Suure-Kopu_vallavalitsus, lk 73
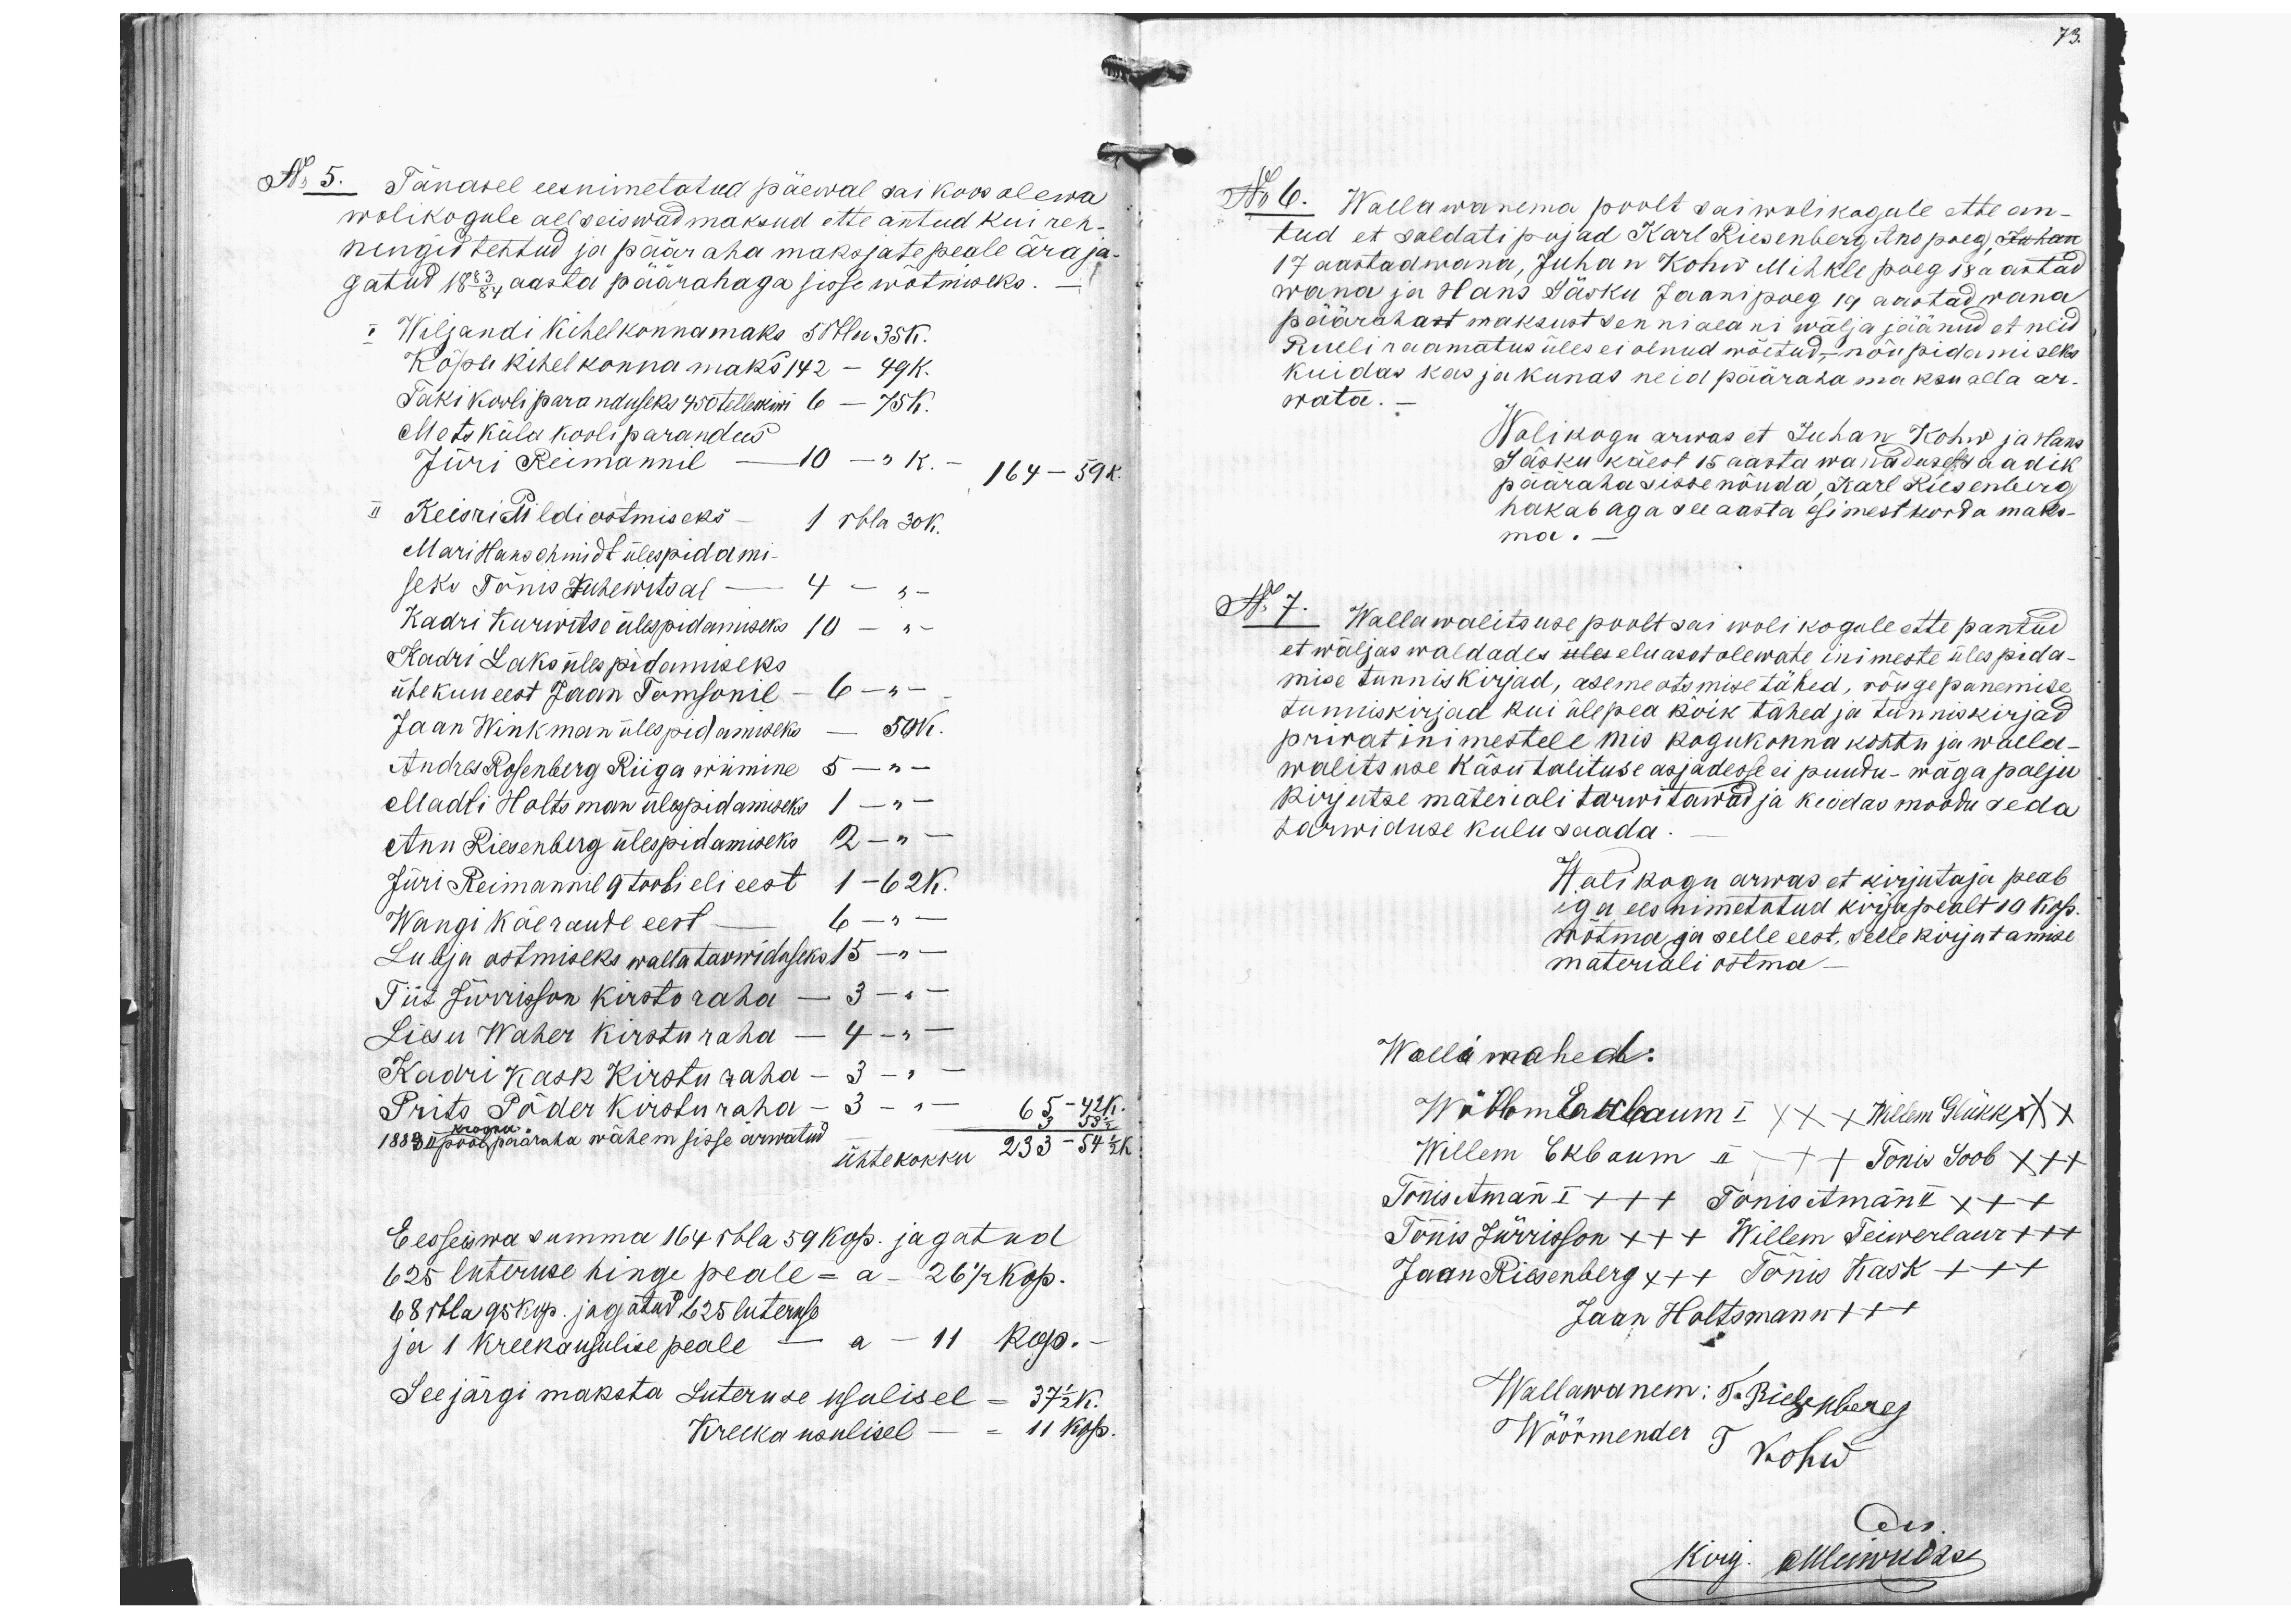
No 5. Tänasel eesnimetatud päewal sai koos olewa
wolikogule all seiswad maksud ette antud kui reh-
nungid tehtud ja pääraha maksjate peale ära ja-
gatud 18 83/84 aasta päärahaga sisse wõtmiseks.
I Wiljandi kihelkonnamaks 5 rbla 35 k.
Kõpu kihelkonna maks 142 - 49 k.
Taki kooli paranduseks 450 telleskiwi 6 - 75K.
Mets küla kooli parandus
Jüri Reimannil - 10 - " - k. - 164 - 59k.
II Keisri Pildi ostmiseks - 1 rbla 30 K.
Mari Hanschmidt ülespidami -
seks Tõnis Kuhewitsal - 4 - " -
Kadri Kurwitse ülespidamiseks 10 - " -
Kadri Laks üles pidamiseks
ühe kuu eest Jaan Tomsonil - 6 - " -
Jaan Winkman ülespidamiseks - 50K.
Andres Rosenberg Riiga wiimine 5 - " -
Madli Holtsman ülespidamiseks 1 - " -
Ann Riesenberg ülespidamiseks 2 - " -
Jüri Reimannil 9 toobi eli eest 1 - 62 K.
Wangi käeraude eest - 6 - " -
Lubja ostmiseks wallatarwiduseks 15 - " -
Tiit Jürisson kirsto raha - 3 - " -
Liesu Waher kirstu raha - 4 - " -
Kadri Kask Kirstu raha - 3 - " -
Prits Põder Kirstu raha - 3 - " -
kroonu
1883 II pool pääraha wähem sisse arwatud
65 - 42 K.
3 59 1/2
ühtekokku 233 - 54 1/2 K.
Eesseiswa summa 164 rbla 59 kop. jagatud
625 luteruse hinge peale = a - 26 1/2 kop.
68 rbla 95 kop. jagatud 625 luteruse
ja 1 kreekausulise peale - a - 11 kop. -
See järgi maksta Luteruse usulisel = 37 1/2 k.
Kreeka usulisel - = 11 kop.
73.
No 6. Wallawanema poolt sai wolikogule ette an-
tud et saldati pojad Karl Riesenberg Ano poeg Juhan
17 aastad wana, Juhan Kohw Mihkle poeg 18 a aastad
wana ja Hans Säsku Jaani poeg 19 aastad wana
päärahast maksust senniaeani wälja jäänud et neid
Rulli raamatus üles ei olnud wõetud,- nõupidamiseks
kuidas kas ja kunas neid pääraha maksu alla ar-
wata.
Wolikogu arwas et Juhan Kohw ja Hans
Säsku käest 15 aasta wanandusest saadik
pääraha sisse nõuda, Karl Riesenberg
hakab aga see aasta esimest korda maks-
ma.
No 7. Wallawalitsuse poolt sai wolikogule ette pantud
et wäljas waldades üles eluasetolewate inimeste ülespida-
mise tunniskirjad, asemeotsmise tähed, rõugepanemise
tunniskirjad kui ülepea kõik tähed ja tunniskirjad
privat inimestele mis kogukonna kohtu ja walla-
walitsuse käsu talituse asjadesse ei puudu-wäga palju
kirjutse materiali tarwitawad ja kuidas moodu seda
tarwiduse kulu saada.
Wolikogu arwas et kirjutaja peab
iga ees nimetatud kirja pealt 10 kop.
wõtma ja selle eest, selle kirjutamise
materiali ostma -
Wollimehed:
Willem Ekbaum I xxx Willem Glükk xxx
Willem Ekbaum II x++ Tõnis Soob x++
Tõnis Amann I +++ Tonis Amann II x++
Tõnis Jürrison x++ Willem Teiwerlaur x++
Jaan Riesenberg x++ Tõnis Kask +++
Jaan Holtsmann +++
Wallawanem: T. Riesenberg
Wöörmender T Kohw
kirj. GMleiwadus